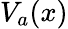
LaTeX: V_{a}(x)